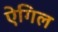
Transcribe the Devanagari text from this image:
ऐगिल